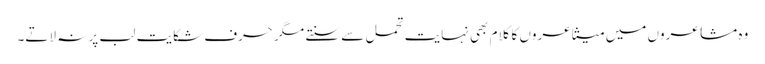
وہ مشاعروں میں متشاعروں کا کلام بھی نہایت تحمل سے سنتے مگر حرف شکایت لب پر نہ لاتے۔